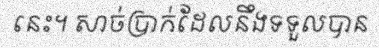
នេះ។ សាច់ប្រាក់ដែលនឹងទទួលបាន